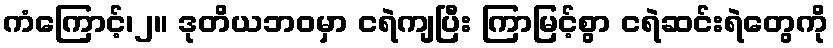
ကံကြောင့်၊၂။ ဒုတိယဘဝမှာ ငရဲကျပြီး ကြာမြင့်စွာ ငရဲဆင်းရဲတွေကို